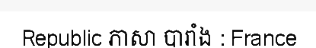
Republic ភាសា បារាំង : France